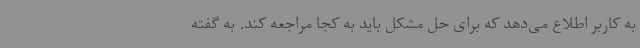
به کاربر اطلاع می‌دهد که برای حل مشکل باید به کجا مراجعه کند. به گفته